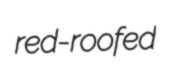
red-roofed